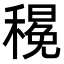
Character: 𮃦